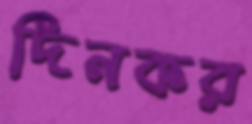
দিনকর